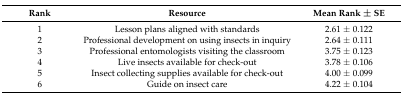
| Rank | Resource | Mean Rank ± SE |
 | --- | --- | --- |
 | 1 | Lesson plans aligned with standards | 2.61 ± 0.122 |
 | 2 | Professional development on using insects in inquiry | 2.64 ± 0.111 |
 | 3 | Professional entomologists visiting the classroom | 3.75 ± 0.123 |
 | 4 | Live insects available for check-out | 3.78 ± 0.106 |
 | 5 | Insect collecting supplies available for check-out | 4.00 ± 0.099 |
 | 6 | Guide on insect care | 4.22 ± 0.104 |